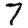
Digit: 7